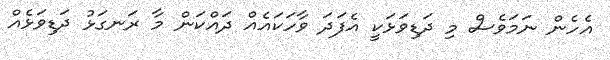
އެހެން ނަމަވެސް މި ދަޑިވަޅަކީ އެފަދަ ވާހަކައެއް ދައްކަން މާ ރަނގަޅު ދަޑިވަޅެއް